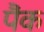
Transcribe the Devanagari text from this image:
पैंक